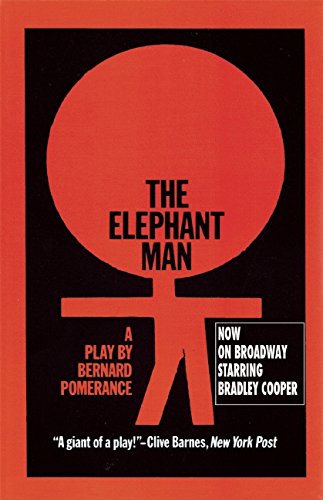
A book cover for The Elephant Man: A Play; Bernard Pomerance; Literature & Fiction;